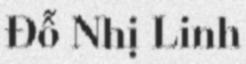
Đỗ Nhị Linh